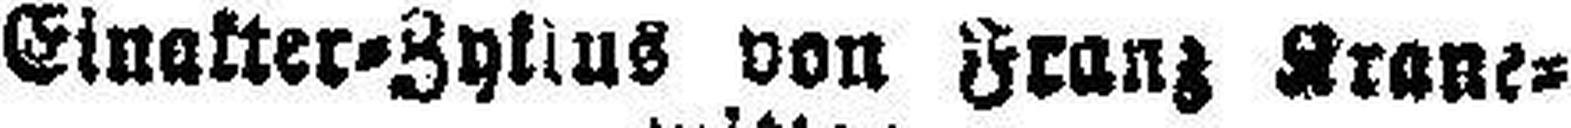
Einakter-Zyklus von Franz Krane¬